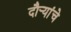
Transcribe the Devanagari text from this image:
दौर्‍यांचे